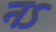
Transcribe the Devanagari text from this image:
नऽ